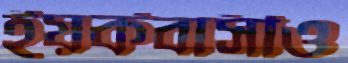
ইয়র্কবাসীও